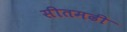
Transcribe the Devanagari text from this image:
सीतमढी